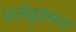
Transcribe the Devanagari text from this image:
फ्लेइश्मन